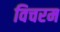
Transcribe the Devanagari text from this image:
विचरम